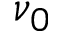
\nu _ { 0 }